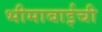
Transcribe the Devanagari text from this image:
भीमाबाईची